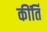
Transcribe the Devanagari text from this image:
कींर्ति